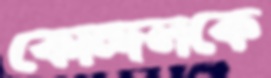
কোন্দলকে